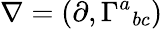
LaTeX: \nabla=(\partial,\Gamma^{a}{}_{bc})